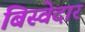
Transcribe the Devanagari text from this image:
बिस्‍वेदार